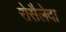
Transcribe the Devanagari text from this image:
रोसैलेदा